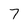
Character: 7